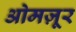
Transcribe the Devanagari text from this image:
ओमज़ूर